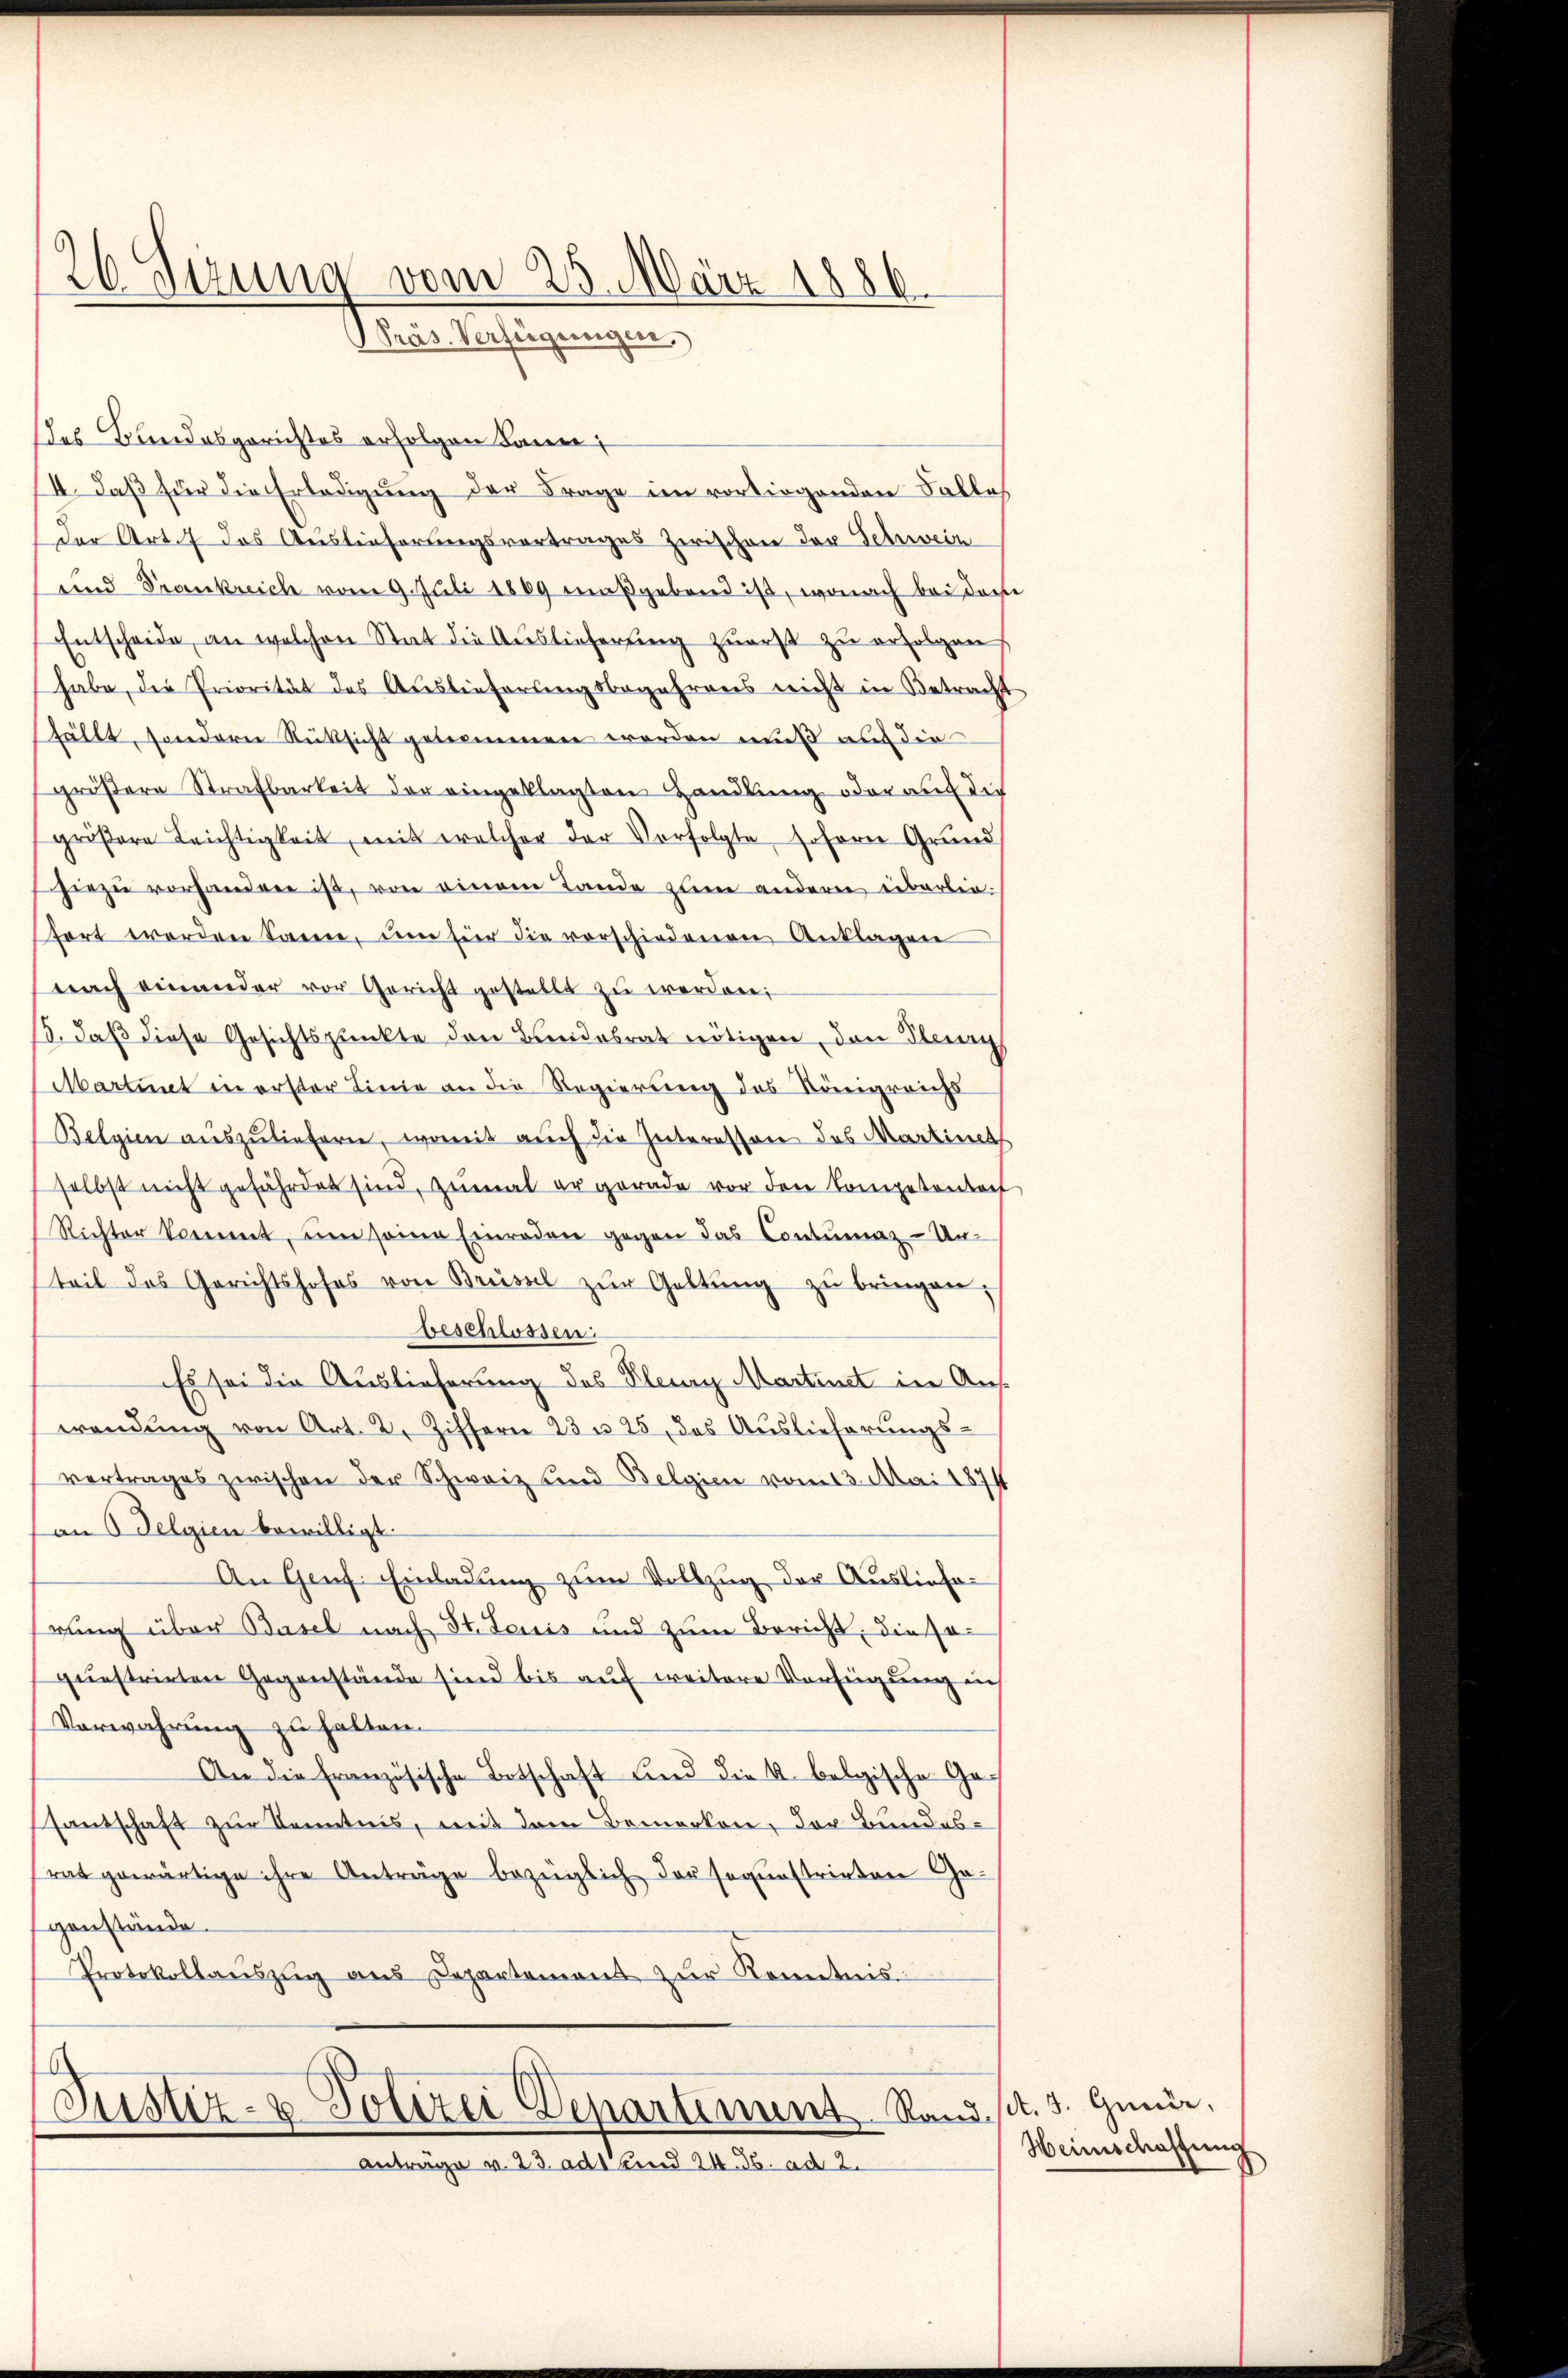
26 Sezung vom 23. März 1886.
Präs. Verfügungen.

des Bundesgerichtes erfolgen kann;
4. Daß für die Erledigung der Frage im vorliegenden Falles
der Art. das Auslieferungsvertrages Zwischen der Schwein
und Trankreich vom 9. Juli 1869 maßgebend ist, wonach bei der
Entscheide, an welchen Stat die Auslieferung zuerst zu erfolgen
habe, die Priorität des Auslieferungsbegehrens nicht in Betracht
fällt, sondern Rüksicht genommen worden muß auf die
größere Strafbarkeit der eingeklagten Handlung oder auf die
gröβere Leichtigkeit, mit welcher der Verfolgte soferne Grund
hiezu vorhandere ist, von einem Lande zum andern überliefort werden kann, um hier die vorschiedenen Anklagen
nach einander vor Gericht gestellt zŭ werden;
5. daß diese Gesichtspunkte den Bundesrat nötigen, den Steung
Martinet in erster Linie an die Regierung des Königreichs
Belgien aŭszŭliefern, womit auch die Interessen des Martinets
selbst nicht gefährdet sind, zumal er gerade vor den Kompetentat
Richter kommt, um seine Einraden gegen das Contumaz-Ur-
teil des Gerichtshofes von Brüssel zŭr Gattŭng zŭ bringen,
beschlossen:
Es sei die Auslieferung des Pleury Martinet in Auswendŭng von Art. 2, Ziffern 23 u. 25 des Auslieferŭngs-
vertrages zwischen der Schweiz und Belgien vom 13. Mai 1874
an Selgien bewilligt.
An Genf. Einladung zum Vollzug der Auslieferung über Basel nach St. Louis und zum Bericht, die soquestrirten Gegenstände sind bis auf weitere Vorfeigung in
Verwahrung zu halten.
An die französische Botschaft und die k. belgische Gesantschaft zur Kenntnis, mit dem Bemerken, der Bundesrat gewärtige ihre Anträge bezüglich der sogunstrirten Ge-
genstände.
Protokollaŭszŭg aŭs Departement zŭr Kenntnis

Justiz- & Polizei Departement Rand st. 3. Juni,
Anträge v. 23 adt und 24. 36. ad 2.

Weinschaffung